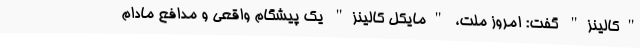
"کالینز" گفت: امروز ملت، "مایکل کالینز" یک پیشگام واقعی و مدافع مادام